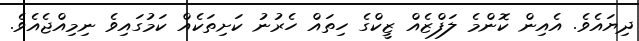
ދިޔައެވެ. އެއިން ކޮންމެ ލަފްޒެއް ޒީކްގެ ހިތައް ހެރުނު ކަށިތަކެއް ކަމުގައިވެ ނިމިއްޖެއެވެ.